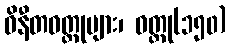
ဝိနီတဝတ္ထုများ၊ ဝတ္ထု(၁၅၀)